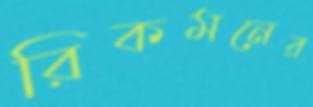
রিকমনের